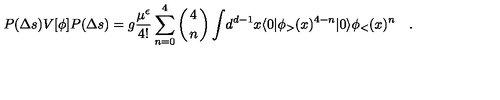
{ P ( \Delta s ) V [ \phi ] P ( \Delta s ) } = { g } { \frac { \mu ^ { \epsilon } } { 4 ! } } \sum _ { n = 0 } ^ { 4 } \left( { 4 \atop n } \right) \int \! d ^ { d - 1 } x \langle 0 | \phi _ { > } ( x ) ^ { 4 - n } | 0 \rangle \phi _ { < } ( x ) ^ { n } \quad .